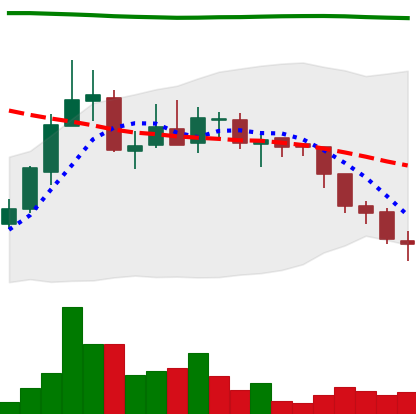
Ticker: ADA-USD
Chart end date: 2018-08-03
Forward return: -12.67%
Label: down_7plus